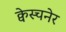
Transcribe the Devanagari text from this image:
क्वेस्चनेर